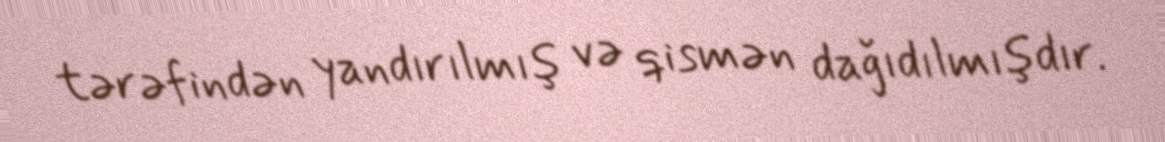
tərəfindən yandırılmış və qismən dağıdılmışdır.